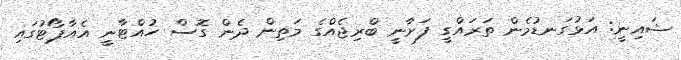
ޝައިނީ: އަޅުގަނޑުމެން ތަރައްގީ ފަށާނީ ބްރިޖެއްގެ މަތިން ދެން ގޮސް ހުއްޓާނީ އެއާޕޯޓުގައި